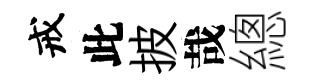
戒此披哉總